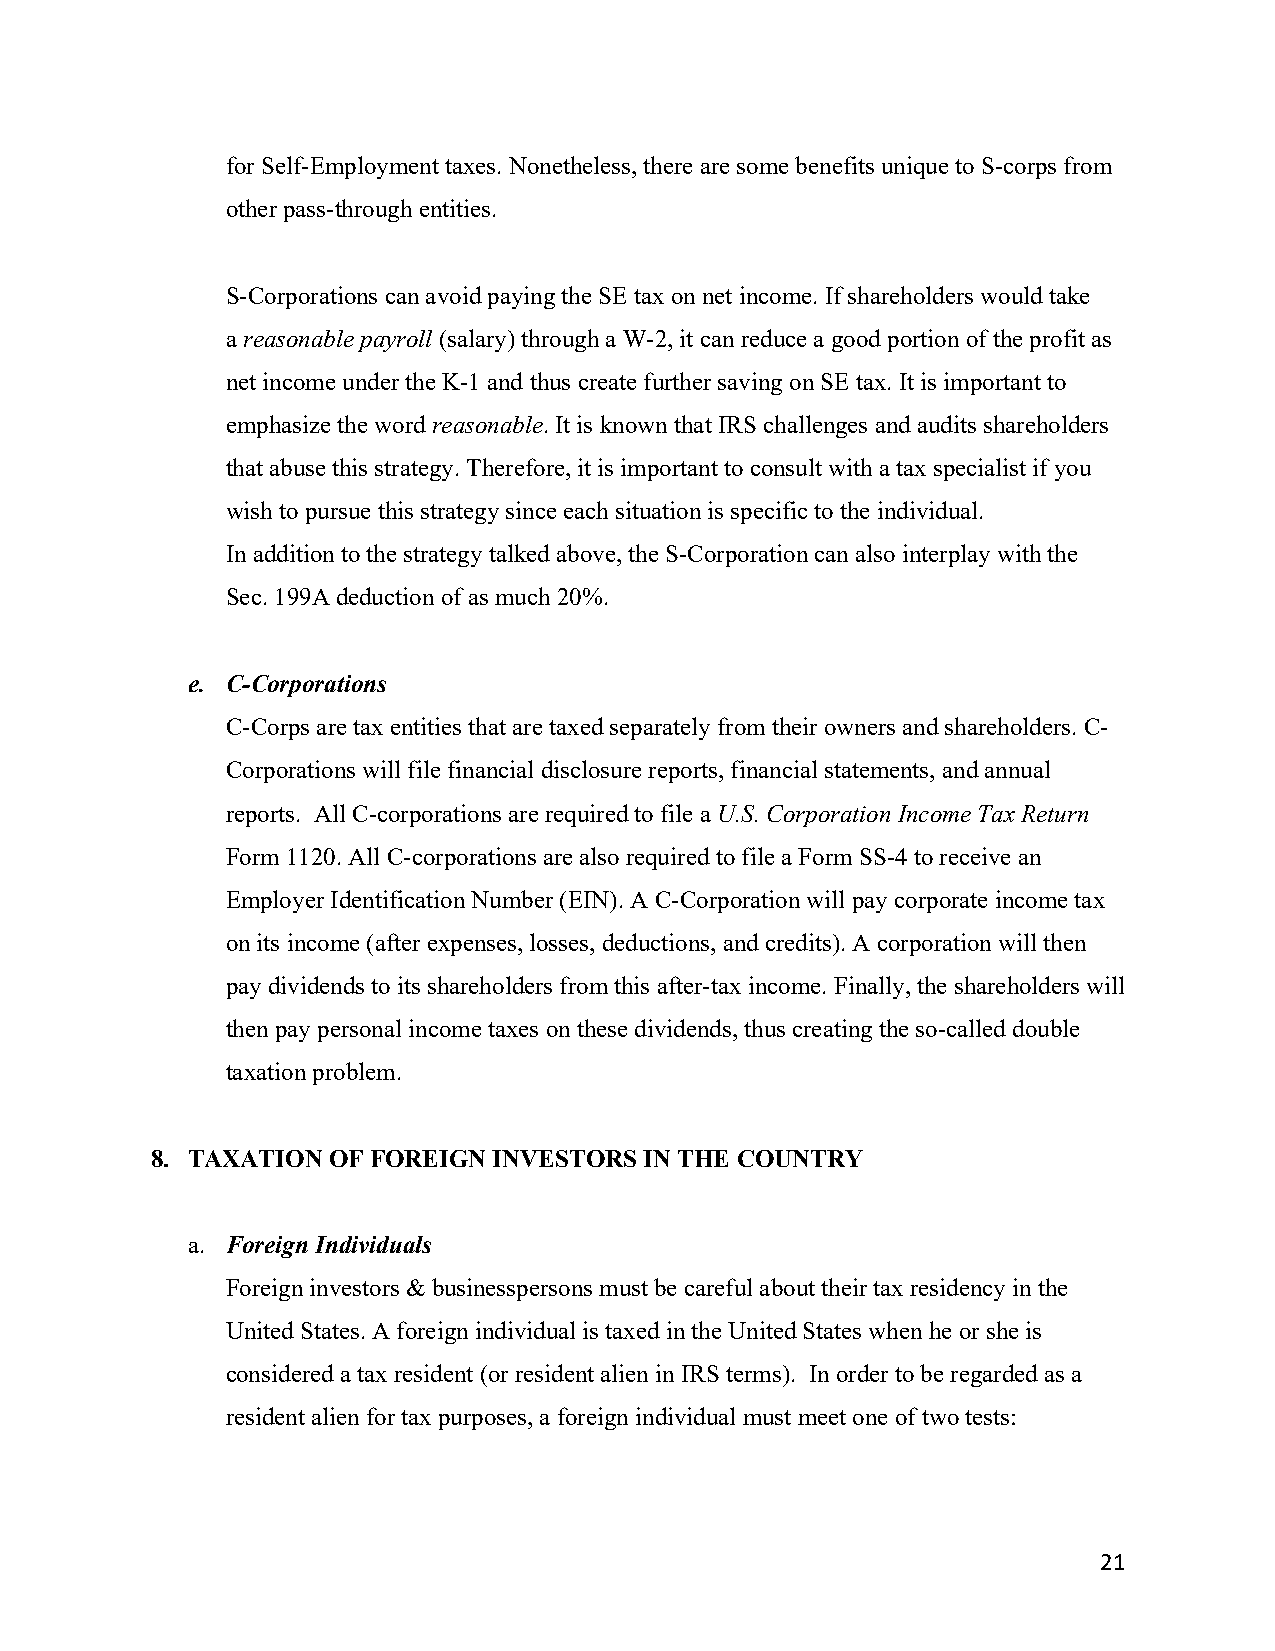
for Self-Employment taxes. Nonetheless, there are some benefits unique to S-corps from
 other pass-through entities.
 S-Corporations can avoid paying the SE tax on net income. If shareholders would take
 a reasonable payroll (salary) through a W-2, it can reduce a good portion of the profit as
 net income under the K-1 and thus create further saving on SE tax. It is important to
 emphasize the word reasonable. It is known that IRS challenges and audits shareholders
 that abuse this strategy. Therefore, it is important to consult with a tax specialist if you
 wish to pursue this strategy since each situation is specific to the individual.
 In addition to the strategy talked above, the S-Corporation can also interplay with the
 Sec. 199A deduction of as much 20%.
 e. C-Corporations
 C-Corps are tax entities that are taxed separately from their owners and shareholders. C-
 Corporations will file financial disclosure reports, financial statements, and annual
 reports. All C-corporations are required to file a U.S. Corporation Income Tax Return
 Form 1120. All C-corporations are also required to file a Form SS-4 to receive an
 Employer Identification Number (EIN). A C-Corporation will pay corporate income tax
 on its income (after expenses, losses, deductions, and credits). A corporation will then
 pay dividends to its shareholders from this after-tax income. Finally, the shareholders will
 then pay personal income taxes on these dividends, thus creating the so-called double
 taxation problem.
 8. TAXATION OF FOREIGN INVESTORS IN THE COUNTRY
 a. Foreign Individuals
 Foreign investors & businesspersons must be careful about their tax residency in the
 United States. A foreign individual is taxed in the United States when he or she is
 considered a tax resident (or resident alien in IRS terms). In order to be regarded as a
 resident alien for tax purposes, a foreign individual must meet one of two tests:
 21